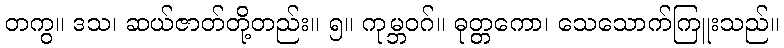
တကွ။ ဒသ၊ ဆယ်ဇာတ်တို့တည်း။ ၅။ ကုမ္ဘဝဂ်။ ဓုတ္တကော၊ သေသောက်ကြူးသည်။